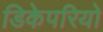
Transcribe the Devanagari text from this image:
डिकेपरियो